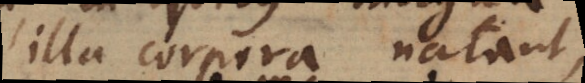
illa corpora natant,